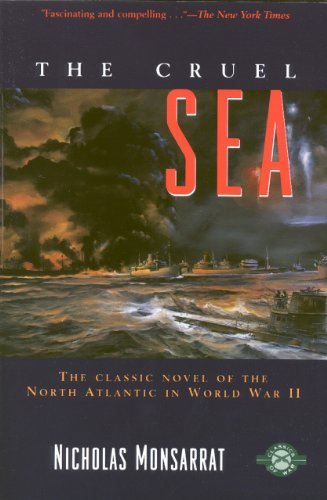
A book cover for The Cruel Sea (Classics of War); Nicholas Monsarrat; Literature & Fiction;